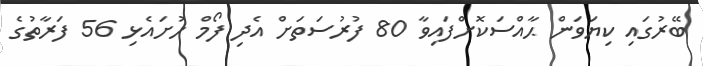
ބޭރުގައި ކިޔަވަން ޙާއްސަކޮށްފައިވާ 80 ފުރުސަތަށް އެދި ފޯމް ހުށައެޅި 56 ފަރާތުގެ